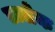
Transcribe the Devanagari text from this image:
डालेक